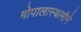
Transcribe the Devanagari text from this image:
गोपालास्वामीने